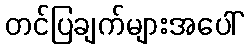
တင်ပြချက်များအပေါ်